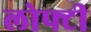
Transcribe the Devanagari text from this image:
लोफ्टी